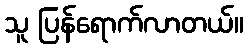
သူ ပြန်ရောက်လာတယ်။